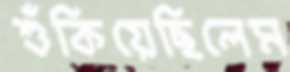
শুঁকিয়েছিলেম